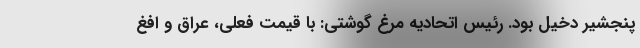
پنجشیر دخیل بود. رئیس اتحادیه مرغ گوشتی: با قیمت فعلی، عراق و افغ